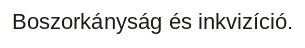
Boszorkányság és inkvizíció.